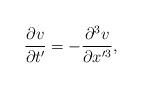
LaTeX: \begin{align*} \frac{\partial v}{\partial t'}= -\frac{\partial^3 v}{\partial x'^3}, \end{align*}